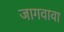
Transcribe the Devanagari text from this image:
जागवावा